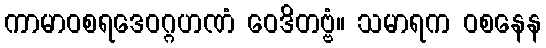
ကာမာဝစရဒေဝဂ္ဂဟဏံ ဝေဒိတဗ္ဗံ။ သမာရက ဝစနေန